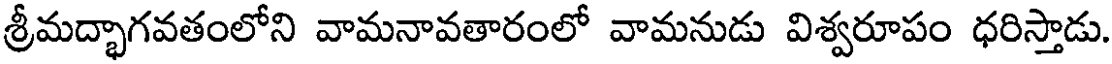
శ్రీమద్భాగవతంలోని వామనావతారంలో వామనుడు విశ్వరూపం ధరిస్తాడు.